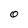
Character: O